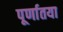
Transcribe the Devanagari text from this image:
पूर्णातया